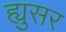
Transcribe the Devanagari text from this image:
ह्युसर